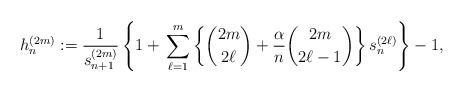
LaTeX: \begin{align*} &h^{(2m)}_n := \frac{1}{s^{(2m)}_{n+1}} \left\{1+ \,\sum^m_{\ell=1} \left\{ \binom{2m}{2\ell}+\frac{\alpha}{n} \binom{2m}{2\ell-1}\right\}s^{(2\ell)}_n\right\}-1,\end{align*}